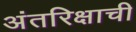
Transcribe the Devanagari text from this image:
अंतरिक्षाची